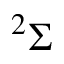
^ 2 \Sigma